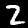
Label: 2